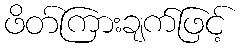
ဖိတ်ကြားချက်ဖြင့်